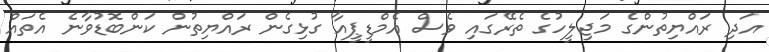
އަދި ރައްޔިތުންގެ މަޖިލީހުގެ ތެރޭގައި ވެސް އެމްޑީޕީއާ ގުޅިގެން ރައްޔިތުން ކަންބޮޑުވާނެ އެތައް